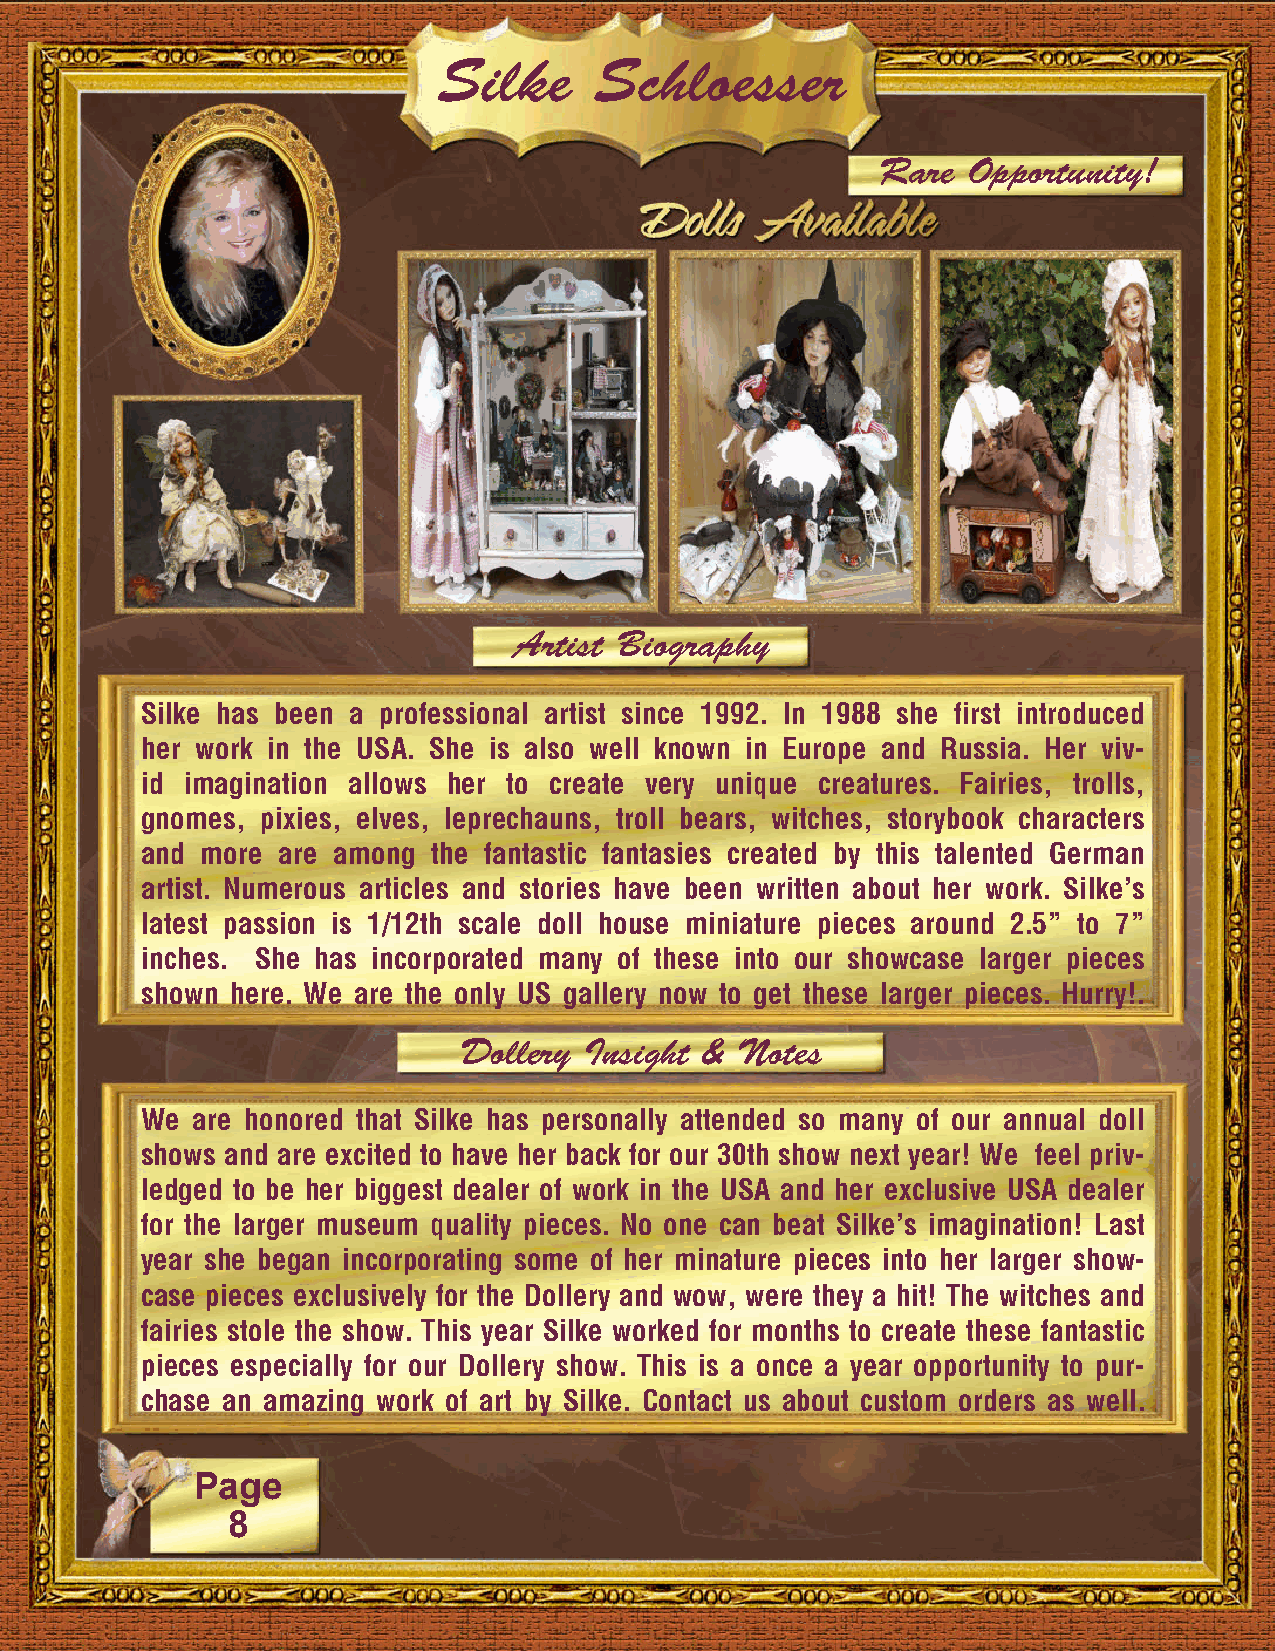
Silke     Schloesser
 Rare  Opportunity!
 Artist Biography
 Silke has been a professional artist since 1992. In 1988 she first introduced
 her work in the USA. She is also well known in Europe and Russia. Her viv-
 id imagination allows her to create very unique creatures. Fairies, trolls,
 gnomes, pixies, elves, leprechauns, troll bears, witches, storybook characters
 and more are among  the fantastic fantasies created by this talented German
 artist. Numerous articles and stories have been written about her work. Silke’s
 latest passion is 1/12th scale doll house miniature pieces around 2.5” to 7”
 inches. She has incorporated many of these into our showcase larger pieces
 shown here. We are the only US gallery now to get these larger pieces. Hurry!.
 Dollery  Insight & Notes
 We  are honored that Silke has personally attended so many of our annual doll
 shows and are excited to have her back for our 30th show next year! We feel priv-
 ledged to be her biggest dealer of work in the USA and her exclusive USA dealer
 for the larger museum quality pieces. No one can beat Silke’s imagination! Last
 year she began incorporating some of her minature pieces into her larger show-
 case pieces exclusively for the Dollery and wow, were they a hit! The witches and
 fairies stole the show. This year Silke worked for months to create these fantastic
 pieces especially for our Dollery show. This is a once a year opportunity to pur-
 chase an amazing work of art by Silke. Contact us about custom orders as well.
 Page
 8